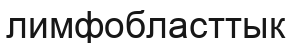
лимфобласттык